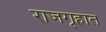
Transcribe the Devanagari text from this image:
राजगृहात